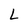
Character: L